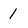
Character: 1